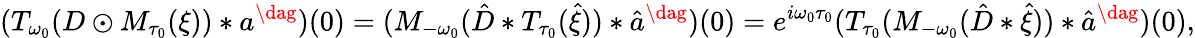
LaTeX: (T_{\omega_{0}}(D\odot M_{\tau_{0}}(\xi))*a^{\dag})(0)=(M_{-\omega_{0}}(\hat{D}*T_{\tau_{0}}(\hat{\xi}))*\hat{a}^{\dag})(0)=e^{i\omega_{0}\tau_{0}}(T_{\tau_{0}}(M_{-\omega_{0}}(\hat{D}*\hat{\xi}))*\hat{a}^{\dag})(0),